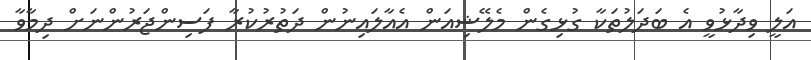
އަލީ ވިދާޅުވީ އެ ބަދަލުތަކާ ގުޅިގެން މެލޭޝިއަން އެއާލައިނުން ދަތުރުކުރާ ފަސިންޖަރުންނަށް ދިމާވާ